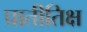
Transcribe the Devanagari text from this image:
प्रातीतिक्ष